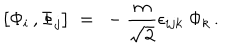
\big [ \Phi _ { i } \, , \Phi _ { j } \big ] ~ = ~ - { \frac { m } { \sqrt { 2 } } } \epsilon _ { i j k } ~ \Phi _ { k } \, .